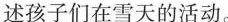
述孩子们在雪天的活动。